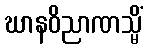
ဃာနဝိညာဏသ္မိံ